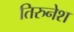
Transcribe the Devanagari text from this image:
तिरुनेश